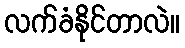
လက်ခံနိုင်တာလဲ။